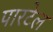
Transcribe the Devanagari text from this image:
पारटेल